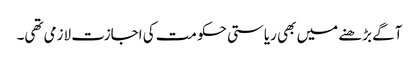
آگے بڑھنے میں بھی ریاستی حکومت کی اجازت لازمی تھی۔